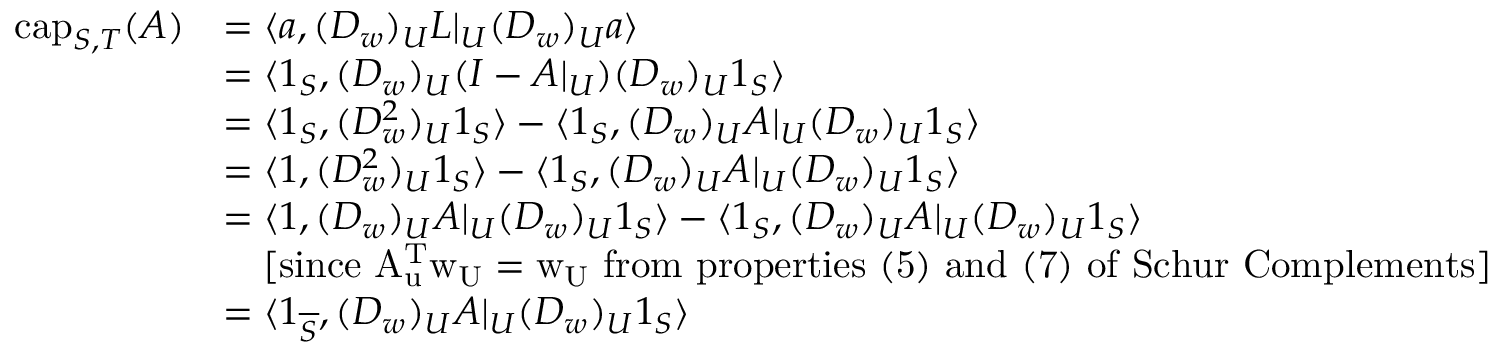
\begin{array} { r l } { \mathrm { c a p } _ { S , T } ( A ) } & { = \langle a , ( D _ { w } ) _ { U } L | _ { U } ( D _ { w } ) _ { U } a \rangle } \\ & { = \langle 1 _ { S } , ( D _ { w } ) _ { U } ( I - A | _ { U } ) ( D _ { w } ) _ { U } 1 _ { S } \rangle } \\ & { = \langle 1 _ { S } , ( D _ { w } ^ { 2 } ) _ { U } 1 _ { S } \rangle - \langle 1 _ { S } , ( D _ { w } ) _ { U } A | _ { U } ( D _ { w } ) _ { U } 1 _ { S } \rangle } \\ & { = \langle 1 , ( D _ { w } ^ { 2 } ) _ { U } 1 _ { S } \rangle - \langle 1 _ { S } , ( D _ { w } ) _ { U } A | _ { U } ( D _ { w } ) _ { U } 1 _ { S } \rangle } \\ & { = \langle 1 , ( D _ { w } ) _ { U } A | _ { U } ( D _ { w } ) _ { U } 1 _ { S } \rangle - \langle 1 _ { S } , ( D _ { w } ) _ { U } A | _ { U } ( D _ { w } ) _ { U } 1 _ { S } \rangle } \\ & { \ \ \ \mathrm { [ s i n c e ~ \ensuremath { A _ { u } ^ { T } w _ { U } = w _ { U } } ~ f r o m ~ p r o p e r t i e s ~ ( 5 ) ~ a n d ~ ( 7 ) ~ o f ~ S c h u r ~ C o m p l e m e n t s ] } } \\ & { = \langle 1 _ { \overline { { S } } } , ( D _ { w } ) _ { U } A | _ { U } ( D _ { w } ) _ { U } 1 _ { S } \rangle } \end{array}